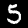
Digit: 5